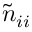
\tilde { n } _ { i i }